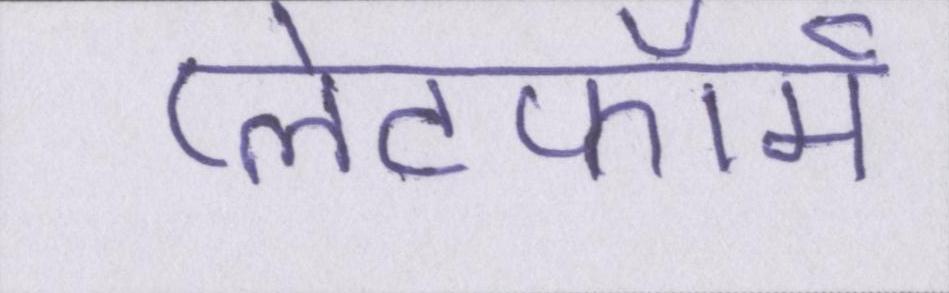
प्लेटफॉर्म